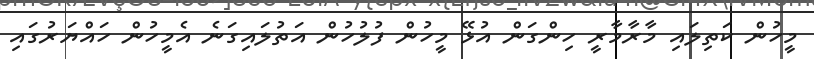
މީހުން ކަތިލައި މާރާމާރީ ހިންގަން އުޅޭ މީހުން ފުލުހުން އަތުލައިގަނެ އެމީހުން ހައްޔަރުގައި